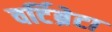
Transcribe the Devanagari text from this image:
वर्टिब्रेटा